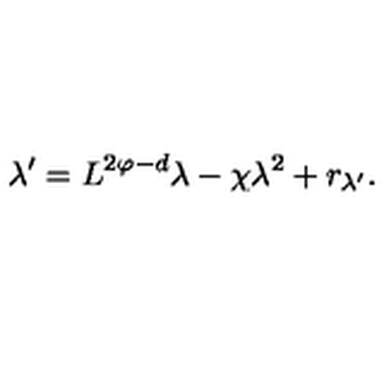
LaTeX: \lambda ^ { \prime } = L ^ { 2 \varphi - d } \lambda - \chi \lambda ^ { 2 } + r _ { \lambda ^ { \prime } } .